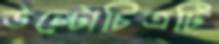
উল্টোচিত্রটি